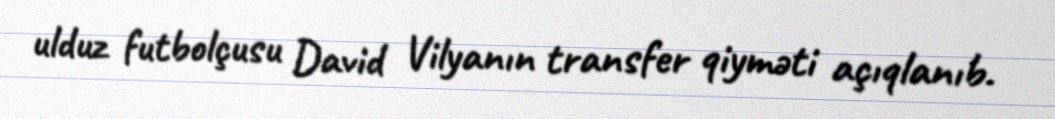
ulduz futbolçusu David Vilyanın transfer qiyməti açıqlanıb.